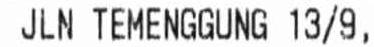
JLN TEMENGGUNG 13/9,